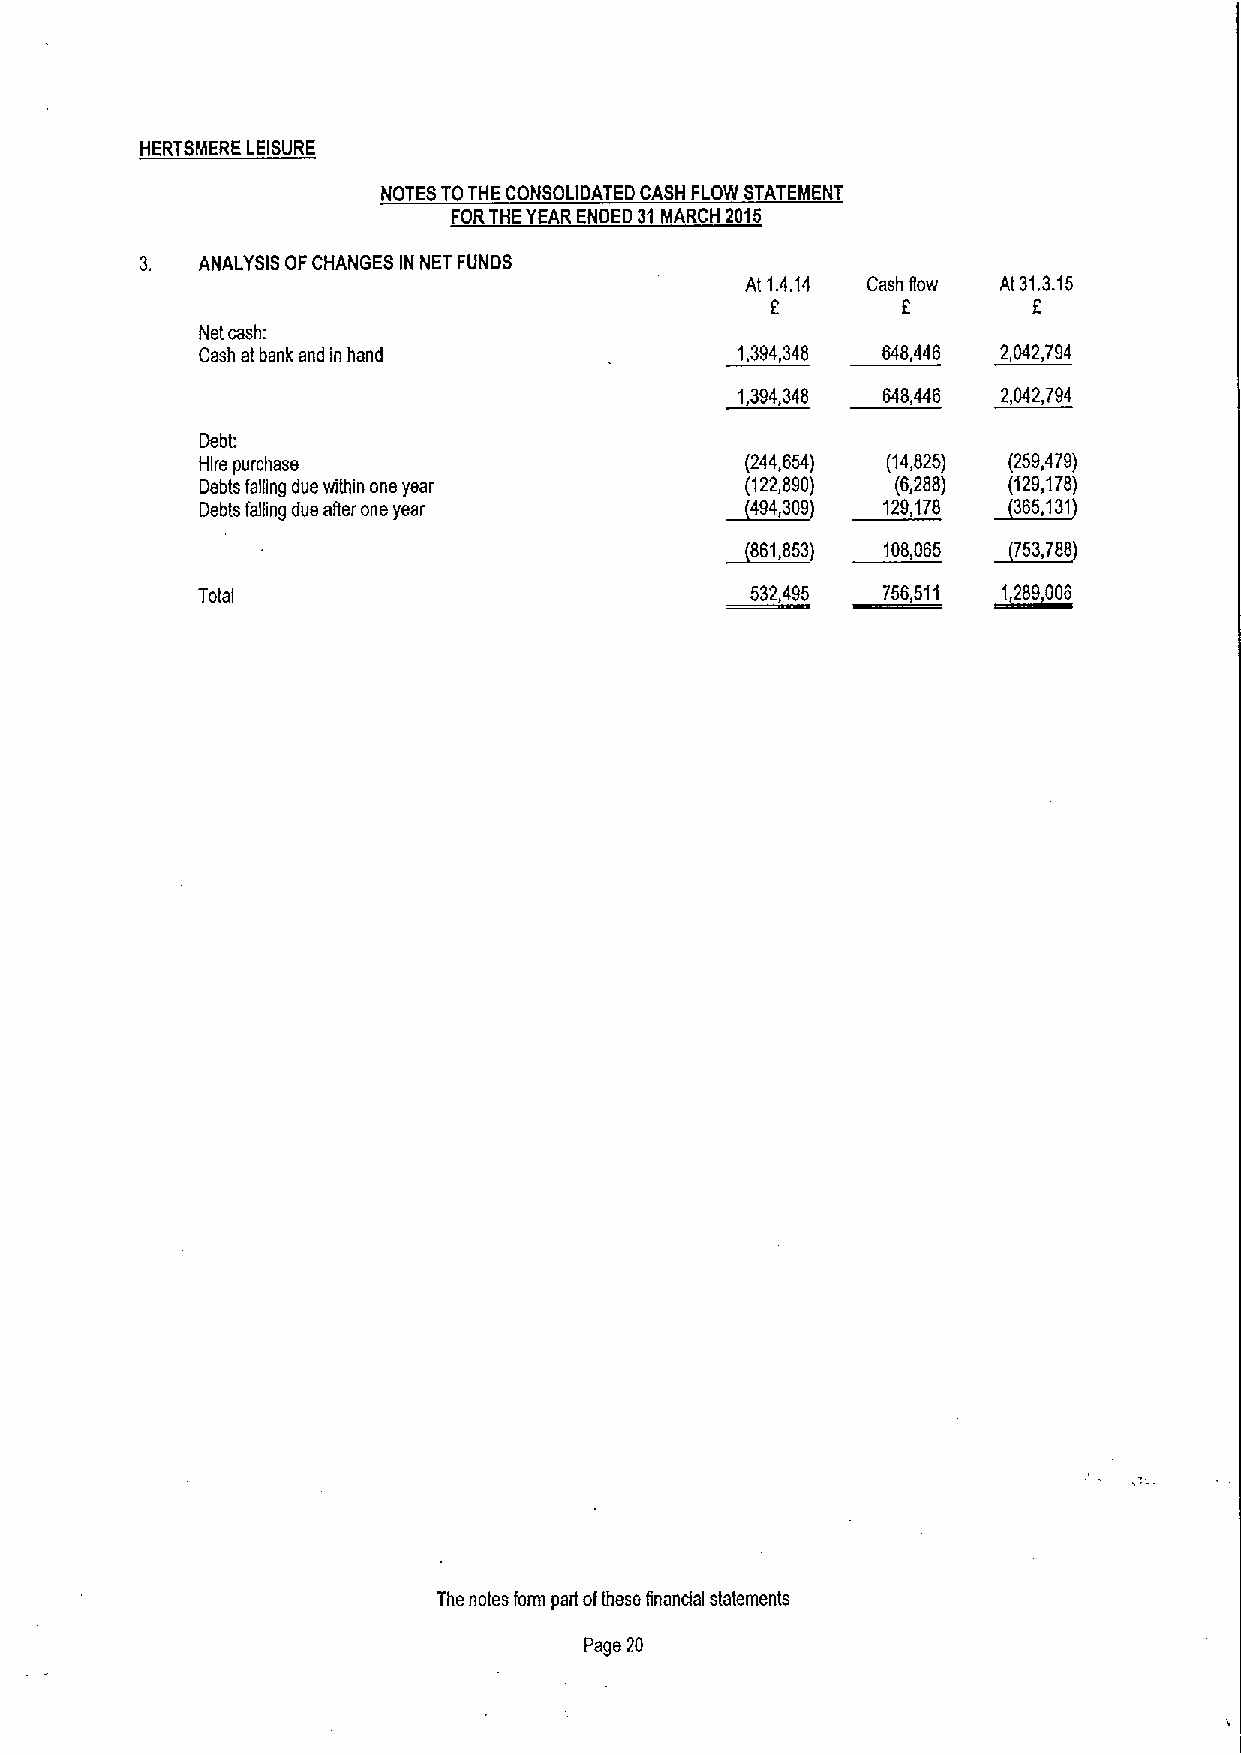
HERTSMERE LEISURE
 NOTES TOTHE CONSOLIDATED CASH FLOW STATEMENT
 FORTHEYEAR ENDED 31MARCH 2015
 3.  ANALYSIS OFCHANGES IN NET FUNDS
 At 1.4.14 Cash Row At31.3.15
 8       6
 Net cash:
 Cash at bank and in hand            1,394,348 648,446 2,042,794
 1,394,348 648,446 2,042,794
 Debt:
 Hire purchase                       (244,654) (14,825) (259,479)
 Debts falling due within one year   (122,890) (6,288) (129,178)
 Debts falling due aher one year    ~494,309  129,178 ~365,131
 ~861,853) 108,065  753,788
 Total                                532,495 756,511 ~1,289006
 The notes form part ofthese finandal statements
 Page 20